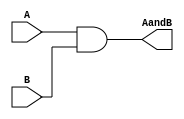
module AND_32(
    input       [31:0]      A,
    input       [31:0]      B,
    output      [31:0]      AandB

    );  
    assign AandB    =       A & B; 
endmodule